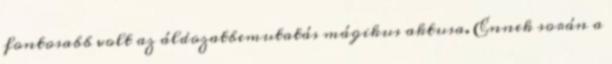
fontosabb volt az áldozatbemutatás mágikus aktusa. Ennek során a